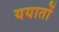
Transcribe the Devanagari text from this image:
ययातों